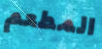
المطعم